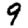
Digit: 9